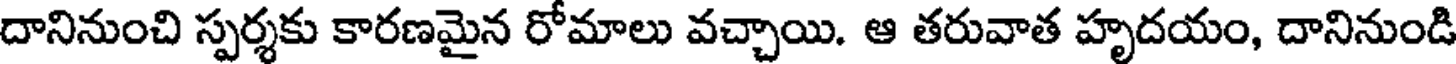
దానినుంచి స్పర్శకు కారణమైన రోమాలు వచ్చాయి. ఆ తరువాత హృదయం, దానినుండి